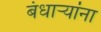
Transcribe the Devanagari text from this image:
बंधार्‍यांना